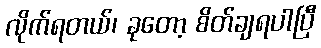
လိုက်ရတယ်၊ ခုတော့ စိတ်ချရပါပြီ